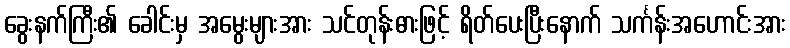
ခွေးနက်ကြီး၏ ခေါင်းမှ အမွေးများအား သင်တုန်းဓားဖြင့် ရိတ်ပေးပြီးနောက် သင်္ကန်းအဟောင်းအား